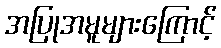
အပြုအမူများကြောင့်